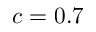
c = 0 . 7